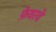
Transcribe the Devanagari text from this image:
फ़ेयरवे